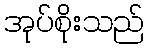
အုပ်စိုးသည်